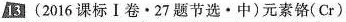
i3 (2016课标Ⅰ卷\cdot 27题节选\cdot 中)元素铬(Cr)